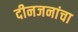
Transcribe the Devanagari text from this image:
दीनजनांचा